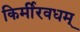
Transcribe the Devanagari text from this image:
किर्मीरवधम्